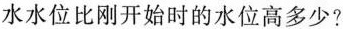
水水位比刚开始时的水位高多少?